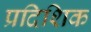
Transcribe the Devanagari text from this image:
प्रदिशिक